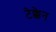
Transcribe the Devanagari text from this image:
टेक्केन